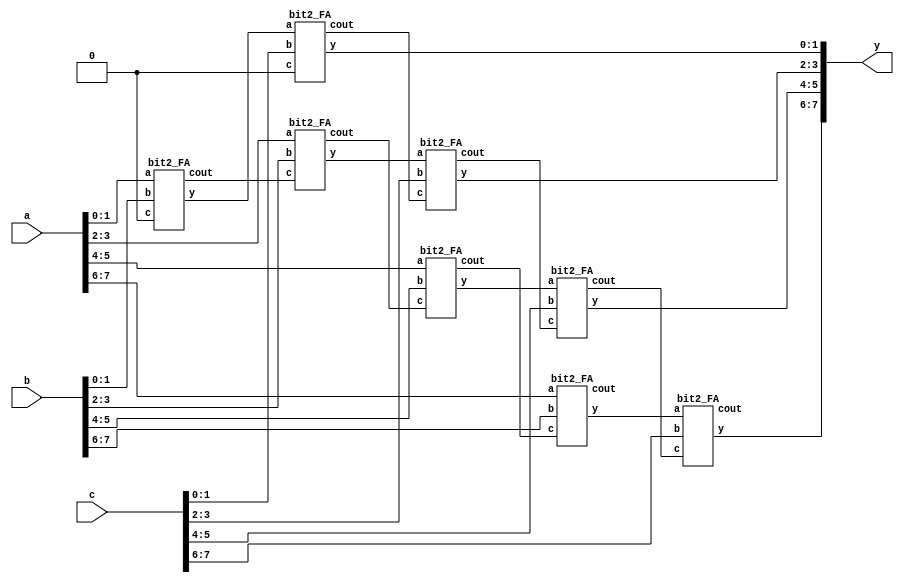
module add3_case(y,a,b,c);
  
parameter N = 8;
output [N-1:0]y;
input [N-1:0]a,b,c;
wire [(N/2)-1:0]ci1,ci2;
wire [N/2:0]ci3,ci4;
wire [N-1:0]tmp1;
wire [N:0]tmp2;
wire y0;
wire cout1,cout2;
wire tmp;
reg cin;

//LV_pragma translate_off
generate
 
 if(N % 2 == 0) begin
   
     bit2_FA fa0[(N/2)-1:0](tmp1,{cout1,ci1[N/2-1:1]},a,b,{ci1[N/2-1:1],1'b0});
     bit2_FA fa1[(N/2)-1:0](y,{cout2,ci2[(N/2)-1:1]},tmp1,c,{ci2[N/2-1:1],1'b0});
   end
     else begin
      bit2_FA fa2[(N/2):0](tmp2,{cout1,ci3[(N/2):1]},{1'b0,a},{1'b0,b},{ci3[N/2:1],1'b0});
      bit2_FA fa3[(N/2):0]({tmp,y},{cout2,ci4[(N/2):1]},tmp2,{1'b0,c},{ci4[N/2:1],1'b0});
    end
    
    endgenerate
//LV_pragram translate_on    
 endmodule

module bit2_FA(y,cout,a,b,c);
  output reg[1:0] y;
  input [1:0]a,b;
  input c;
  output reg cout;
  
  
   always@(a,b,c)
  begin 
  
  //case({a[1],a[0],b[1],b[0],c})
  case({a,b,c})  
    5'b00001:
    begin
     y <= 2'b01; 
     cout <= 1'b0;
     end 
    
    5'b00010:
    begin
     y <= 2'b01; 
     cout <= 1'b0;
     end 
     
     5'b00011:
    begin
     y <= 2'b10; 
     cout <= 1'b0;
     end 
     
     5'b00100:
    begin
     y <= 2'b10; 
     cout <= 1'b0;
     end
     
     5'b00101:
    begin
     y <= 2'b11; 
     cout <= 1'b0;
     end
     
     5'b00110:
    begin
     y <= 2'b11; 
     cout <= 1'b0;
     end
     
     5'b00111:
    begin
     y <= 2'b00; 
     cout <= 1'b1;
     end
     
     5'b01000:
    begin
     y <= 2'b01; 
     cout <= 1'b0;
     end
     
     5'b01001:
    begin
     y <= 2'b10; 
     cout <= 1'b0;
     end
     
     5'b01010:
    begin
     y <= 2'b10; 
     cout <= 1'b0;
     end 
     
     5'b01011:
    begin
     y <= 2'b11; 
     cout <= 1'b0;
     end
     
     5'b01100:
    begin
     y <= 2'b11; 
     cout <= 1'b0;
     end
     
     5'b01101:
    begin
     y <= 2'b00; 
     cout <= 1'b1;
     end
     
     5'b01110:
    begin
     y <= 2'b00; 
     cout <= 1'b1;
     end
     
     5'b01111:
    begin
     y <= 2'b01; 
     cout <= 1'b1;
     end
     
     5'b10000:
    begin
     y <= 2'b10; 
     cout <= 1'b0;
     end
     
     5'b10001:
    begin
     y <= 2'b11; 
     cout <= 1'b0;
     end
     
     5'b10010:
    begin
     y <= 2'b11; 
     cout <= 1'b0;
     end
     
     5'b10011:
    begin
     y <= 2'b00; 
     cout <= 1'b1;
     end
     
     5'b10100:
    begin
     y <= 2'b00; 
     cout <= 1'b1;
     end
     
     5'b10101:
    begin
     y <= 2'b01; 
     cout <= 1'b1;
     end
     
     5'b10110:  //22
    begin
     y <= 2'b01; 
     cout <= 1'b1;
     end
     
     5'b10111:  //23
    begin
     y <= 2'b10; 
     cout <= 1'b1;
     end
     
     5'b11000: //24
    begin
     y <= 2'b11; 
     cout <= 1'b0;
     end
     
     5'b11001:  //25
    begin
     y <= 2'b00; 
     cout <= 1'b1;
     end
     
     5'b11010:  //26
    begin
     y <= 2'b00; 
     cout <= 1'b1;
     end
     
     5'b11011:  //27
    begin
     y <= 2'b00; 
     cout <= 1'b1;
     end
     
     5'b11100: //28
    begin
     y <= 2'b01; 
     cout <= 1'b1;
     end
     
     5'b11101:  //29
    begin
     y <= 2'b10; 
     cout <= 1'b1;
     end
     
     5'b11110:  //30
    begin
     y <= 2'b11; 
     cout <= 1'b0;
     end
     
     5'b11111:  //31
    begin
     y <= 2'b11; 
     cout <= 1'b1;
     end
     
     5'b00000:  //0
    begin
     y <= 2'b00; 
     cout <= 1'b0;
     end
 endcase
 end
endmodule